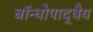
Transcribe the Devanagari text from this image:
बॉन्धोपाद्धैय